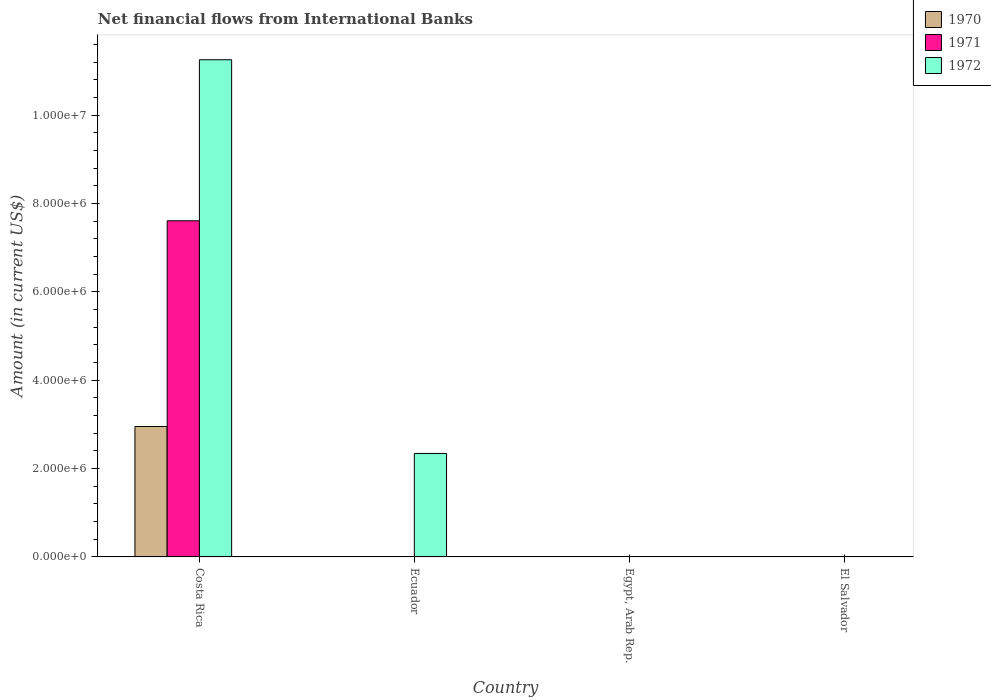
| Country | 1970 | 1971 | 1972 |
 | --- | --- | --- | --- |
 | Costa Rica | 2.95e+06 | 7.61e+06 | 1.13e+07 |
 | Ecuador | -2.22e+05 | -1.67e+06 | 2.34e+06 |
 | Egypt, Arab Rep. | -5.5e+06 | -5.5e+06 | -5.5e+06 |
 | El Salvador | -9.92e+05 | -1.09e+06 | -1.48e+06 |